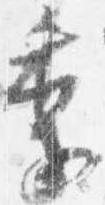
季